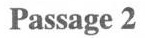
Passage 2